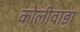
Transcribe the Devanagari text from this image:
कोलीवाडा